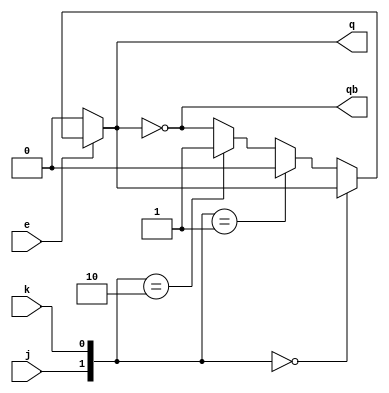
module jk_df
(input j,k,e,
output q,qb);

assign #20 q = (~e) ? 1'b0 :
	   ({j,k} == 2'b00) ? q :
	   ({j,k} == 2'b01) ? 1'b0 :
	   ({j,k} == 2'b10) ? 1'b1 : qb;

assign #20 qb = ~q;

endmodule